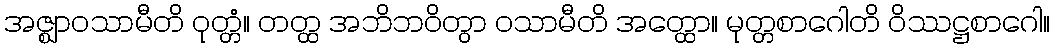
အဇ္ဈာဝသာမီတိ ဝုတ္တံ။ တတ္ထ အဘိဘဝိတွာ ဝသာမီတိ အတ္ထော။ မုတ္တစာဂေါတိ ဝိဿဋ္ဌစာဂေါ။